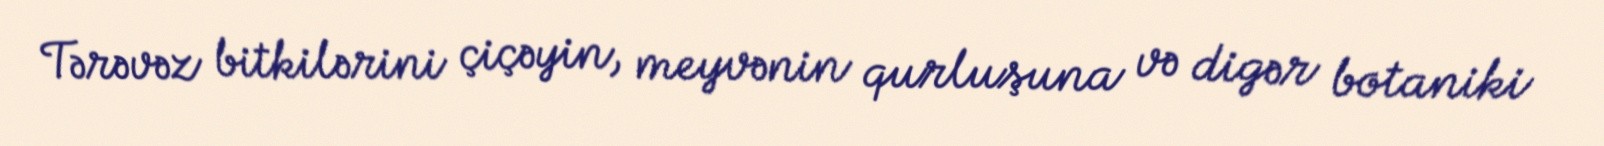
Tərəvəz bitkilərini çiçəyin, meyvənin qurluşuna və digər botaniki